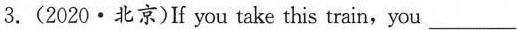
3.(2020·北京)If you take this train,you ___